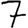
Digit: 7